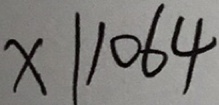
x \vert 1 0 6 4